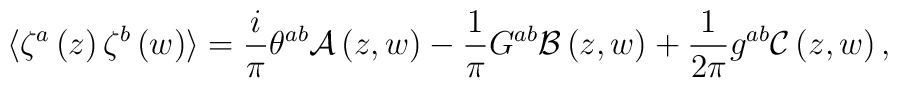
\langle \zeta^{a} \left( z\right) \zeta^{b} \left( w\right) \rangle = \frac{i}{\pi} \theta^{ab} \mathcal{A}\left( z,w\right) - \frac{1}{\pi} G^{ab} \mathcal{B}\left( z,w\right) + \frac{1}{2\pi} g^{ab} \mathcal{C}\left( z,w\right) ,